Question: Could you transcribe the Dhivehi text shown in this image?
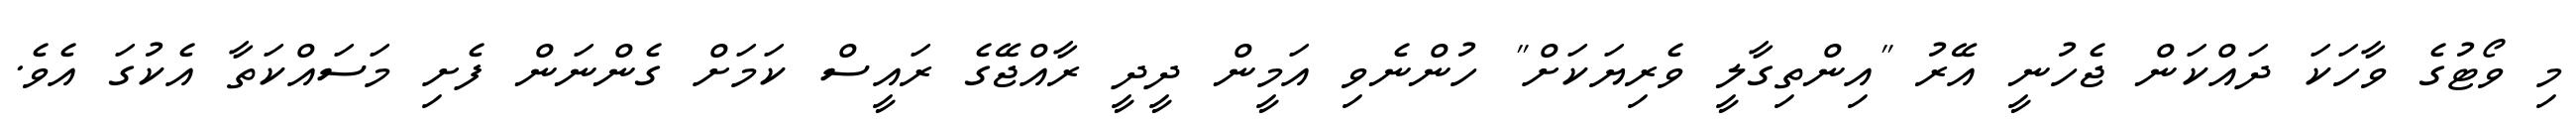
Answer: މި ވޯޓުގެ ވާހަކަ ދައްކަން ޖެހުނީ އޭރު "އިންތިގާލީ ވެރިޔަކަށް" ހުންނެވި އަމީން ދީދީ ރާއްޖޭގެ ރައީސް ކަމަށް ގެންނަން ފެށި މަސައްކަތާ އެކުގަ އެވެ.